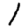
Digit: 1